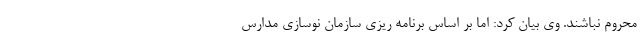
محروم نباشند. وی بیان کرد: اما بر اساس برنامه ریزی سازمان نوسازی مدارس